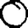
Digit: 0